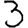
Digit: 3